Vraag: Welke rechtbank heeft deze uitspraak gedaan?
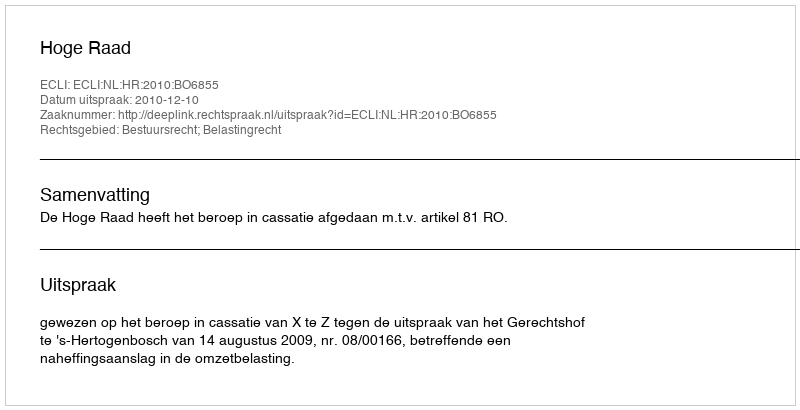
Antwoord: Hoge Raad